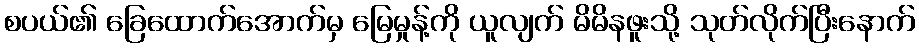
စပယ်၏ ခြေထောက်အောက်မှ မြေမှုန့်ကို ယူလျက် မိမိနဖူးသို့ သုတ်လိုက်ပြီးနောက်